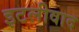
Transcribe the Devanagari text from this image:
इटलीवाद